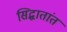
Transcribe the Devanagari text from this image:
सिद्धातांत